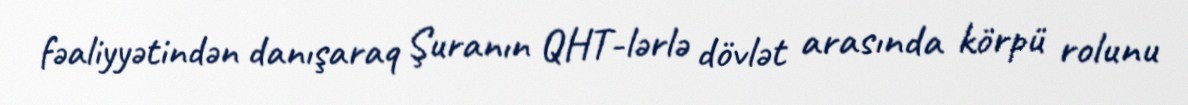
fəaliyyətindən danışaraq Şuranın QHT-lərlə dövlət arasında körpü rolunu